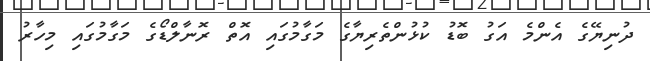
ދުނިޔޭގެ އެންމެ އަގު ބޮޑު ކުޅުންތެރިޔާގެ މަގާމުގައި އޮތް ރޮނާލްޑޯގެ މަގާމުގައި މިހާރު